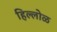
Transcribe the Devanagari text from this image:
हिल्लोळ